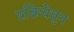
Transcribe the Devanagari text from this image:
प्रक्रियेतुन